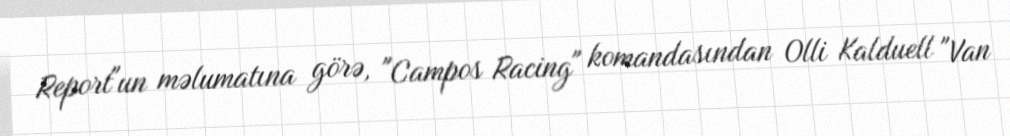
Report"un məlumatına görə, "Campos Racing" komandasından Olli Kalduell "Van